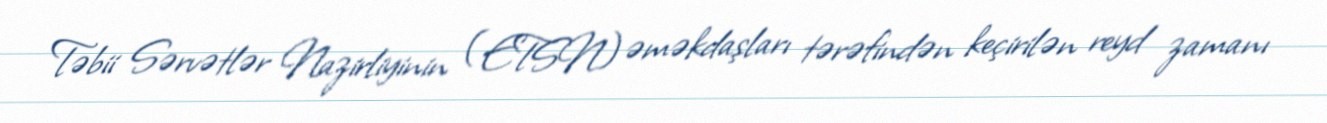
Təbii Sərvətlər Nazirliyinin (ETSN) əməkdaşları tərəfindən keçirilən reyd zamanı